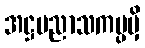
အဋ္ဌပညာသကပ္ပမှိ